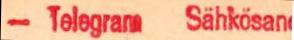
- Telegram